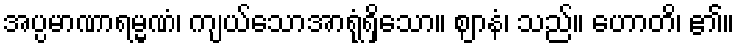
အပ္ပမာဏာရမ္မဏံ၊ ကျယ်သောအာရုံရှိသော။ ဈာနံ၊ သည်။ ဟောတိ၊ ၏။